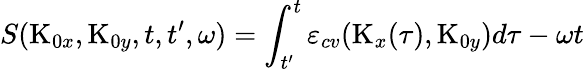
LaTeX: S(\textrm{K}_{0x},\textrm{K}_{0y},t,t^{\prime},\omega)=\int_{t^{\prime}}^{t}\varepsilon_{cv}(\textrm{K}_{x}(\tau),\textrm{K}_{0y})d\tau-\omega t